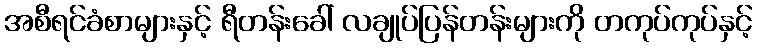
အစီရင်ခံစာများနှင့် ရီတန်းခေါ် လချုပ်ပြန်တန်းများကို တကုပ်ကုပ်နှင့်